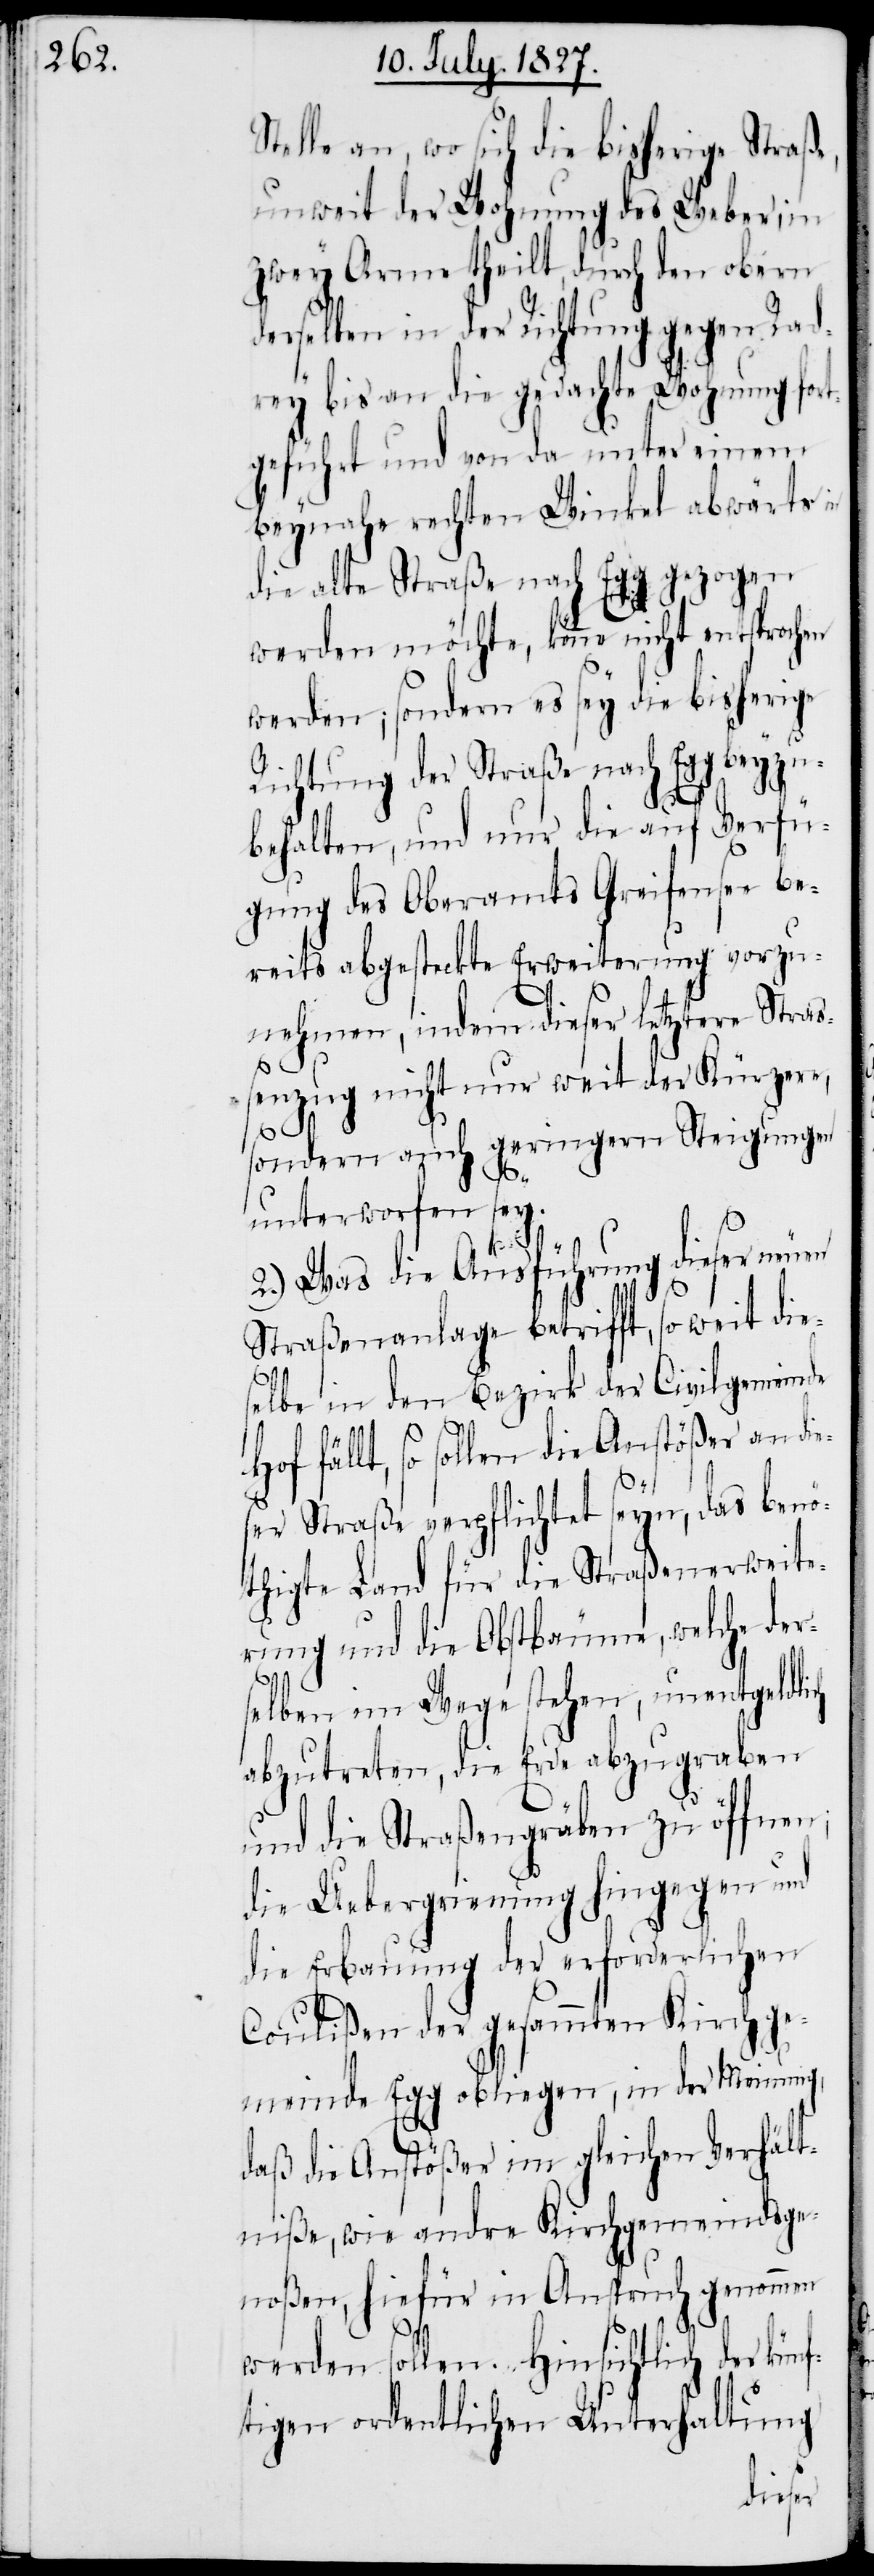
Stelle an, wo sich die bisherige Straße,
unweit der Wohnung des Weber, in
zwey Arme theilt, durch den obern
derselben in der Richtung gegen Rad¬
rey bis an die gedachte Wohnung fort¬
geführt und von da unter einem
beynahe rechten Winkel abwärts in
ezogen
die alte Straße nach Egg
werden möchte, könne nicht entsprochen
werden; sondern es sey die bisherige
Richtung der Straße nach Egg beyzu¬
behalten, und nur die auf Verfü¬
gung des Oberamtes Greifensee be¬
reits abgesteckte Erweiterung vorzu¬
nehmen, indem dieser letztere Straß¬
enzug nicht nur weit der Kürzere,
sondern auch geringern Steigungen
unterworfen sey.
ch
2.) Was die Ausführung dieser neuen
Straßenanlage betrifft, so weit die¬
selbe in den Bezirk der Civilgemeinde
fällt, so sollen die Anstößer an di¬
e¬
ser Straße verpflichtet seyn, das benö¬
thigte Land für die Straßenerweite¬
rung und die Obstbäume, welche der¬
selben im Wege stehen, unentgeldli¬
abzutreten, die Erde abzugraben
und die Straßengräben zu öffnen;
die Uebergrienung hingegen und
die Erbauung der erforderlichen
Coulißen der gesammten Kirchge¬
meinde Egg obliegen, in der Meinung,
daß die Anstößer im gleichen Verhält¬
niße, wie andre Kirchgemeindsge¬
noßen, hiefür in Anspruch genommen
werden sollen. Hinsichtlich der künf¬
tigen ordentlichen Unterhaltung